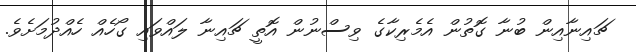
ޗައިނާއިން ބުނާ ގޮތުން އެމެރިކާގެ ވިސްނުން އޮތީ ޗައިނާ ލައްވައި ގޯހެއް ހެއްދުމަށެވެ.